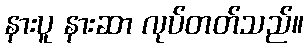
နားပူ နားဆာ လုပ်တတ်သည်။